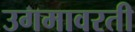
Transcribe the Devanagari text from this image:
उगमावरती